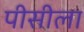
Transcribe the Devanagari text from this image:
पीसीला